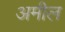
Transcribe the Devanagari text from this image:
अमील